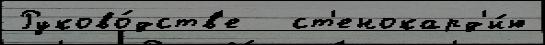
Руково́дств'е   ст'енокард'и́ю